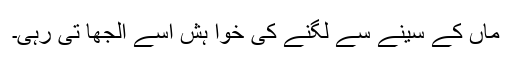
ماں کے سینے سے لگنے کی خوا ہش اُسے الجھا تی رہی۔